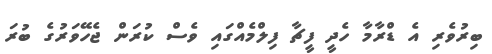
ބިރުވެރި އެ ޑްރާމާ ހެދީ ފީޗާ ފިލްމެއްގައި ވެސް ކުރަން ޖެހޭވަރުގެ ބުރަ